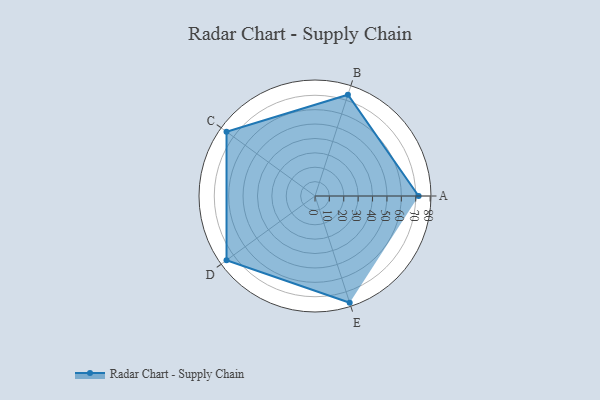
{"axis": {"x": "Skill", "y": "Score"}, "legend": ["Profile"], "data": [{"x": "A", "y": 72.0, "type": "Profile"}, {"x": "B", "y": 74.0, "type": "Profile"}, {"x": "C", "y": 76.0, "type": "Profile"}, {"x": "D", "y": 76.0, "type": "Profile"}, {"x": "E", "y": 78.0, "type": "Profile"}]}